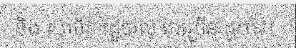
និង ស្ថាប័ន រដ្ឋបាល ជាច្រើន ដូចជា